Indian journal of veterinary science and animal husbandry - Volume 10,
Year: 1940
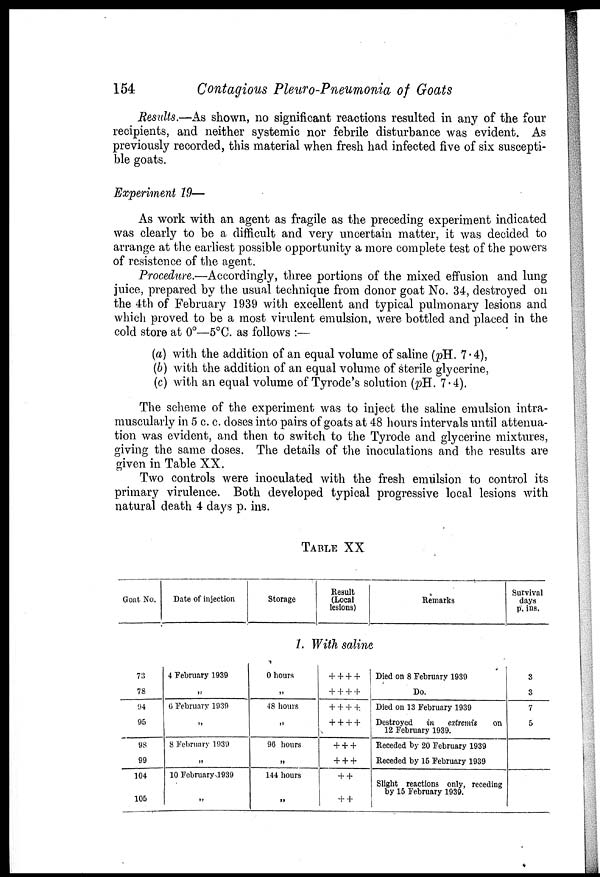
154
Contagious Pleuro-pneumonia of Goats
Results.—As shown, no significant reactions resulted in any of the four
recipients, and neither systemic nor febrile disturbance was evident. As
previously recorded, this material when fresh had infected five of six suscepti-
ble goats.
Experiment 19—
As work with an agent as fragile as the preceding experiment indicated
was clearly to be a difficult and very uncertain matter, it was decided to
arrange at the earliest possible opportunity a more complete test of the powers
of rasistence of the agent.
Procedure.—Accordingly, three portions of the mixed effusion and lung
juice, prepared by the usual technique from donor goat No. 34, destroyed on
the 4th of February 1939 with excellent and typical pulmonary lesions and
which proved to be a most virulent emulsion, were bottled and placed in the
cold store at 0°—5°C. as follows :—
(a) with the addition of an equal volume of saline (pH. 7.4),
(b) with the addition of an equal volume of sterile glycerine,
(c) with an equal volume of Tyrode's solution (pH. 7.4).
The scheme of the experiment was to inject the saline emulsion intra-
muscularly in 5 c. c. doses into pairs of goats at 48 hours intervals until attenua-
tion was evident, and then to switch to the Tyrode and glycerine mixtures,
giving the same doses. The details of the inoculations and the results are
given in Table XX.
Two controls were inoculated with the fresh emulsion to control its
primary virulence. Both developed typical progressive local lesions with
natural death 4 days p. ins.
TABLE XX
Goat No.
Date of injection
Storage
Result
(Local
lesions)
Remarks
Survival
days
p. ins.
1. With saline
73
78
94
95
98
99
104
105
4 February 1939
„
6 February 1939
„
8 February 1939
..
10 February 1939
„
0 hours
„
48 hours
„
90 hours
„
144 hours
„
+ + + +
+ + + +
+ + + +
+ + + +
+ + +
+ + +
+ +
+ +
Died on 8 February 1939
Do.
Died on 13 February 1939
Destroyed in extremis on
12 February 1939.
Receded by 20 February 1939
Receded by 15 February 1939
Slight reactions only, receding
by 15 February 1939.
3
3
7
5